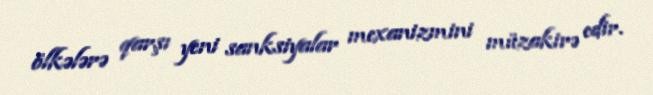
ölkələrə qarşı yeni sanksiyalar mexanizmini müzakirə edir.